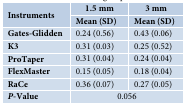
<table><thead><tr><td rowspan="2"><b>Instruments</b></td><td><b>1.5mm</b></td><td><b>3 mm</b></td></tr><tr><td><b>Mean (SD) </b></td><td><b>Mean (SD)</b></td></tr></thead><tbody><tr><td><b>Gates-Glidden</b></td><td>0.24 (0.56)</td><td>0.43 (0.06)</td></tr><tr><td><b>K3</b></td><td>0.31 (0.03)</td><td>0.25 (0.52)</td></tr><tr><td><b>ProTaper</b></td><td>0.31 (0.04)</td><td>0.24 (0.04)</td></tr><tr><td><b>FlexMaster</b></td><td>0.15 (0.05)</td><td>0.18 (0.04)</td></tr><tr><td><b>RaCe</b></td><td>0.36 (0.07)</td><td>0.27 (0.05)</td></tr><tr><td><b><i>P</i></b><b>-Value </b></td><td colspan="2">0.056</td></tr></tbody></table>